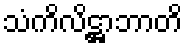
သံကိလိဋ္ဌာဘာတိ